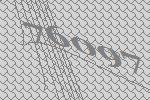
76097